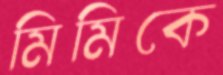
মিমিকে